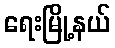
ရေးမြို့နယ်